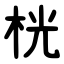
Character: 桄